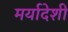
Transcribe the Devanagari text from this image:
मर्यादेशी